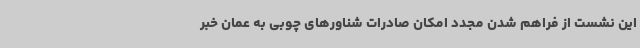
این نشست از فراهم شدن مجدد امکان صادرات شناورهای چوبی به عمان خبر